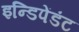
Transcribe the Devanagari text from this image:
इन्डिपेंडंट